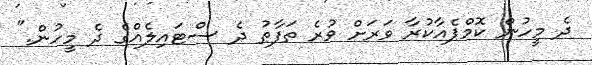
ދެ މީހުން ކޮމްޕެއާކުރާ ވަރަށް ވުރެ ތަފާތު ދެ ސްޓައިލެއްގެ ދެ މީހުން."